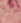
لي